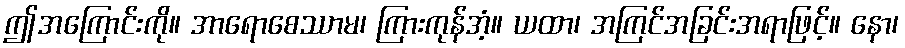
ဤအကြောင်းကို။ အာရောစေဿာမ၊ ကြားကုန်အံ့။ ယထာ၊ အကြင်အခြင်းအရာဖြင့်။ နော၊